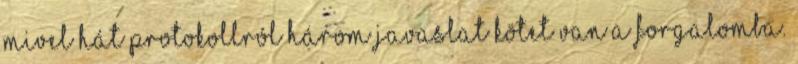
mivel hát protokollról három javaslat kötet van a forgalomba.